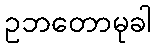
ဥဘတောမုခါ